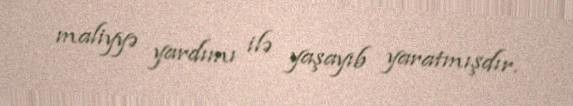
maliyyə yardımı ilə yaşayıb yaratmışdır.